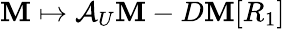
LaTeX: \mathbf{M}\mapsto\mathcal{{A}}_{U}\mathbf{M}-D\mathbf{M}[R_{1}]